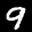
Label: 9